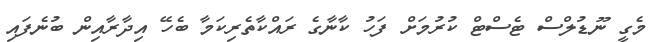
މެގީ ނޫޑުލްސް ޓެސްޓް ކުރުމަށް ފަހު ކާނާގެ ރައްކާތެރިކަމާ ބެހޭ އިދާރާއިން ބުނެފައި